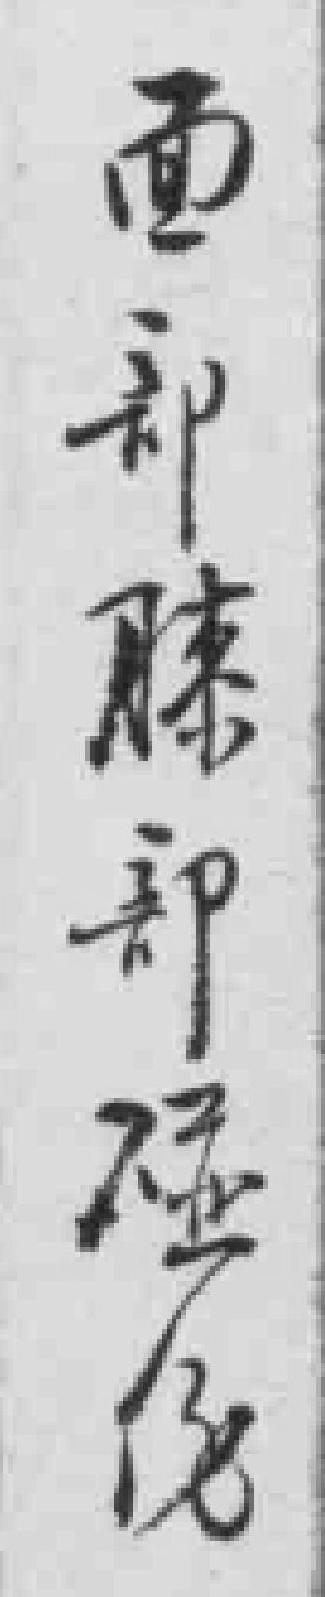
面部膝部碰傷